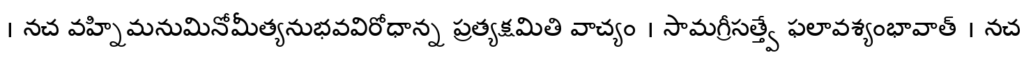
। నచ వహ్నిమనుమినోమీత్యనుభవవిరోధాన్న ప్రత్యక్షమితి వాచ్యం । సామగ్రీసత్త్వే ఫలావశ్యంభావాత్ । నచ